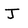
Character: J